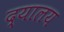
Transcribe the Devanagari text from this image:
द्यालय